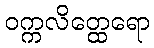
ဝက္ကလိတ္ထေရော